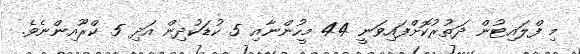
މި ފްލައިޓުން ދަތުރުކޮށްފައިވަނީ 44 މީހުންނާއި 5 ކުޑަކުދިން އަދި 5 ކްރޫއިންނެވެ.